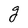
Character: g